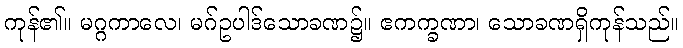
ကုန်၏။ မဂ္ဂကာလေ၊ မဂ်ဥပါဒ်သောခဏ၌။ ဧကက္ခဏာ၊ သောခဏရှိကုန်သည်။